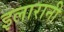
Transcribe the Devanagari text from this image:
इलारानी